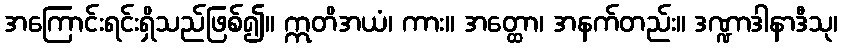
အကြောင်းရင်းရှိသည်ဖြစ်၍။ ဣတိအယံ၊ ကား။ အတ္ထော၊ အနက်တည်း။ ဒဏ္ဍာဒါနာဒီသု၊